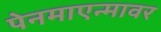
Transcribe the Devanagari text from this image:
पेनमाएन्मावर